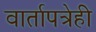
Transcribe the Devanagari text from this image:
वार्तापत्रेही